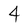
Character: 4